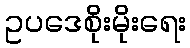
ဥပဒေစိုးမိုးရေး